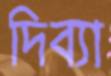
দিব্যা